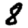
Digit: 8